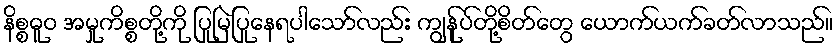
နိစ္စဓူဝ အမှုကိစ္စတို့ကို ပြုမြဲပြုနေရပါသော်လည်း ကျွန်ုပ်တို့စိတ်တွေ ယောက်ယက်ခတ်လာသည်။